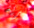
برية